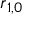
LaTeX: { \boldsymbol { r } } _ { 1 , 0 }